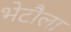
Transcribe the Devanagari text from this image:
भेटौला